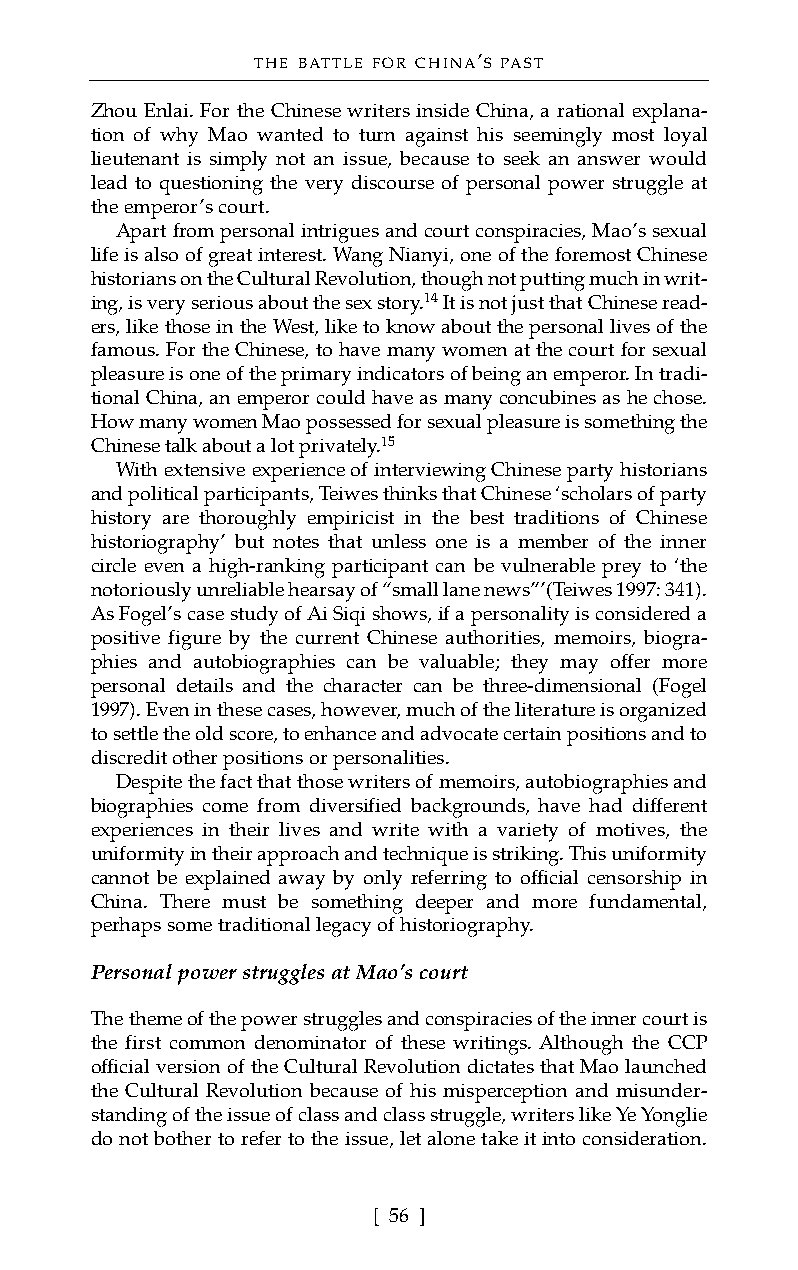
THE BATTLE FOR CHINA’S PAST
 Zhou Enlai. For the Chinese writers inside China, a rational explana-
 tion of why Mao wanted to turn against his seemingly most loyal
 lieutenant is simply not an issue, because to seek an answer would
 lead to questioning the very discourse of personal power struggle at
 the emperor’s court.
 Apart from personal intrigues and court conspiracies, Mao’s sexual
 life is also of great interest. Wang Nianyi, one of the foremost Chinese
 historians on the Cultural Revolution, though not putting much in writ-
 ing, is very serious about the sex story.14It is not just that Chinese read-
 ers, like those in the West, like to know about the personal lives of the
 famous. For the Chinese, to have many women at the court for sexual
 pleasure is one of the primary indicators of being an emperor. In tradi-
 tional China, an emperor could have as many concubines as he chose.
 How many women Mao possessed for sexual pleasure is something the
 Chinese talk about a lot privately.15
 With extensive experience of interviewing Chinese party historians
 and political participants, Teiwes thinks that Chinese ‘scholars of party
 history are thoroughly empiricist in the best traditions of Chinese
 historiography’ but notes that unless one is a member of the inner
 circle even a high-ranking participant can be vulnerable prey to ‘the
 notoriously unreliable hearsay of “small lane news”’(Teiwes 1997: 341).
 As Fogel’s case study of Ai Siqi shows, if a personality is considered a
 positive figure by the current Chinese authorities, memoirs, biogra-
 phies and autobiographies can be valuable; they may offer more
 personal details and the character can be three-dimensional (Fogel
 1997). Even in these cases, however, much of the literature is organized
 to settle the old score, to enhance and advocate certain positions and to
 discredit other positions or personalities.
 Despite the fact that those writers of memoirs, autobiographies and
 biographies come from diversified backgrounds, have had different
 experiences in their lives and write with a variety of motives, the
 uniformity in their approach and technique is striking. This uniformity
 cannot be explained away by only referring to official censorship in
 China. There must be something deeper and more fundamental,
 perhaps some traditional legacy of historiography.
 Personal power struggles at Mao’s court
 The theme of the power struggles and conspiracies of the inner court is
 the first common denominator of these writings. Although the CCP
 official version of the Cultural Revolution dictates that Mao launched
 the Cultural Revolution because of his misperception and misunder-
 standing of the issue of class and class struggle, writers like Ye Yonglie
 do not bother to refer to the issue, let alone take it into consideration.
 [ 56 ]